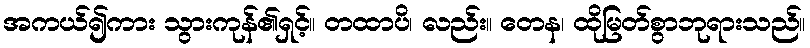
အကယ်၍ကား သွားကုန်၏ရှင့်။ တထာပိ၊ လည်း။ တေန၊ ထိုမြတ်စွာဘုရားသည်။